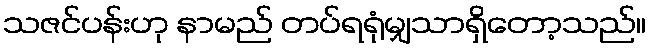
သဇင်ပန်းဟု နာမည် တပ်ရရုံမျှသာရှိတော့သည်။